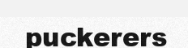
puckerers